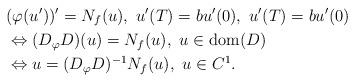
LaTeX: \begin{align*}&(\varphi(u'))' = N_f (u), \ u'(T)=bu'(0), \ u'(T)=bu'(0) \\&\Leftrightarrow (D_{\varphi}D)(u)=N_{f}(u),\ u\in {\rm dom}(D) \\&\Leftrightarrow u = (D_{\varphi}D)^{-1}N_{f}(u), \ u\in C^{1}.\end{align*}